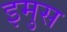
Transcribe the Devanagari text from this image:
इमुस